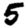
Digit: 5